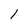
Character: 1